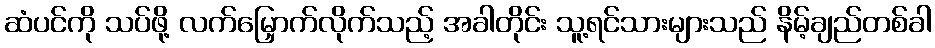
ဆံပင်ကို သပ်ဖို့ လက်မြှောက်လိုက်သည့် အခါတိုင်း သူ့ရင်သားများသည် နိမ့်ချည်တစ်ခါ